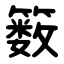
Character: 䉤